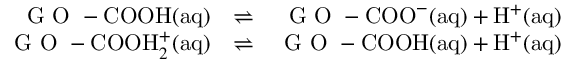
\begin{array} { r l r } { \textrm { G O } - \mathrm { C O O H } \mathrm { ( a q ) } } & { \rightleftharpoons } & { \textrm { G O } - \mathrm { C O O } ^ { - } \mathrm { ( a q ) } + \mathrm { H } ^ { + } \mathrm { ( a q ) } } \\ { \textrm { G O } - \mathrm { C O O H } _ { 2 } ^ { + } \mathrm { ( a q ) } } & { \rightleftharpoons } & { \textrm { G O } - \mathrm { C O O H } \mathrm { ( a q ) } + \mathrm { H } ^ { + } \mathrm { ( a q ) } } \end{array}